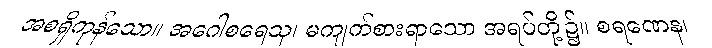
အစရှိကုန်သော။ အဂေါစရေသု၊ မကျက်စားရာသော အရပ်တို့၌။ စရဏေန၊